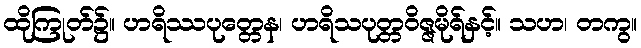
ထိုကြုတ်၌။ ဟရိဿပုတ္တေန၊ ဟရိသပုတ္တဝိဇ္ဇမိုရ်နှင့်။ သဟ၊ တကွ။